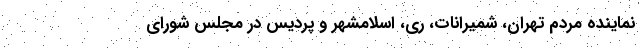
نماینده مردم تهران، شمیرانات، ری، اسلامشهر و پردیس در مجلس شورای